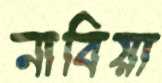
নাবিয়া